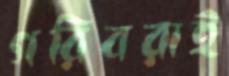
গরিবরাই